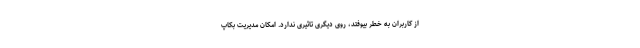
از کاربران به خطر بیوفتد، روی دیگری تاثیری ندارد. امکان مدیریت بکاپ